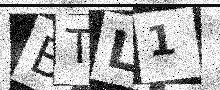
Text: BTL1